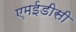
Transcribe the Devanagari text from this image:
एमईडीसी